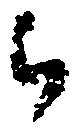
者